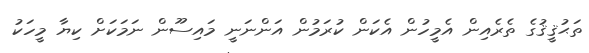
ތަޙުޤީޤުގެ ތެރެއިން އެމީހުން އެކަން ކުރަމުން އަންނަނީ މައިސޫން ނަމަކަށް ކިޔާ މީހަކު